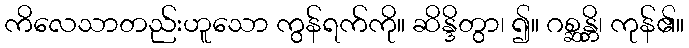
ကိလေသာတည်းဟူသော ကွန်ရက်ကို။ ဆိန္ဒိတွာ၊ ၍။ ဂစ္ဆန္တိ၊ ကုန်၏။